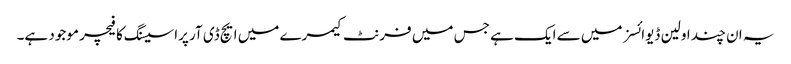
یہ ان چند اولین ڈیوائسز میں سے ایک ہے جس میں فرنٹ کیمرے میں ایچ ڈی آر پراسیسنگ کا فیچر موجود ہے۔